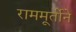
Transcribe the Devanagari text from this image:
राममूर्तीने